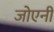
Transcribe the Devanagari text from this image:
जोएनी